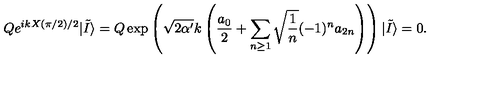
Q e ^ { i k X ( \pi / 2 ) / 2 } | \tilde { I } \rangle = Q \exp \left( \sqrt { 2 \alpha ^ { \prime } } k \left( { \frac { a _ { 0 } } { 2 } } + \sum _ { n \ge 1 } \sqrt { { \frac { 1 } { n } } } ( - 1 ) ^ { n } a _ { 2 n } \right) \right) | \tilde { I } \rangle = 0 .